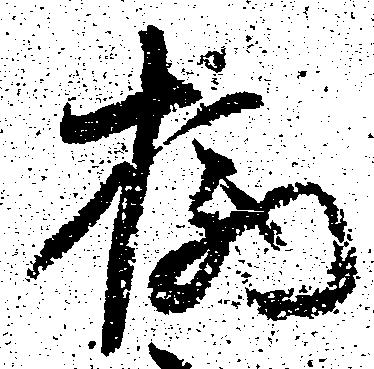
柄